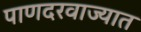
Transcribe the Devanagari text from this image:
पाणदरवाज्यात